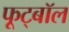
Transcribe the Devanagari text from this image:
फूट्बॉल